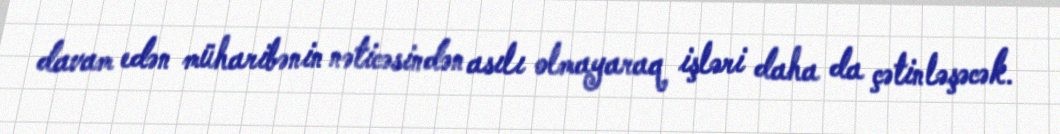
davam edən müharibənin nəticəsindən asılı olmayaraq işləri daha da çətinləşəcək.